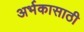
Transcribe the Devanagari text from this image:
अर्भकासाठी